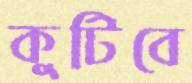
কুটিবে